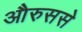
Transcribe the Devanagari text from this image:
औरुससे